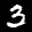
Label: 3